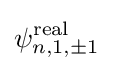
\psi _{n,1,\pm 1}^{\text{real}}